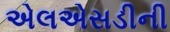
એલએસડીની